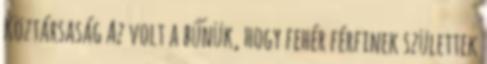
Köztársaság Az volt a bűnük, hogy fehér férfinek születtek